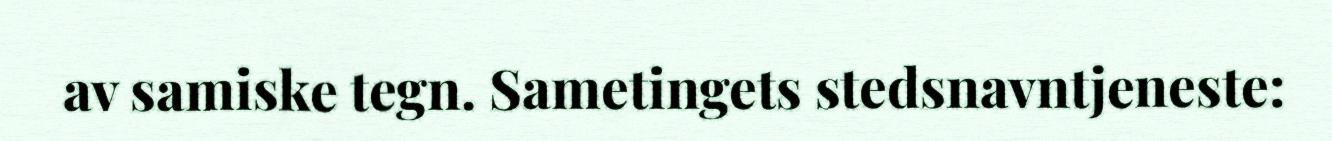
av samiske tegn. Sametingets stedsnavntjeneste: